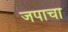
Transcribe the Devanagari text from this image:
जपाचा